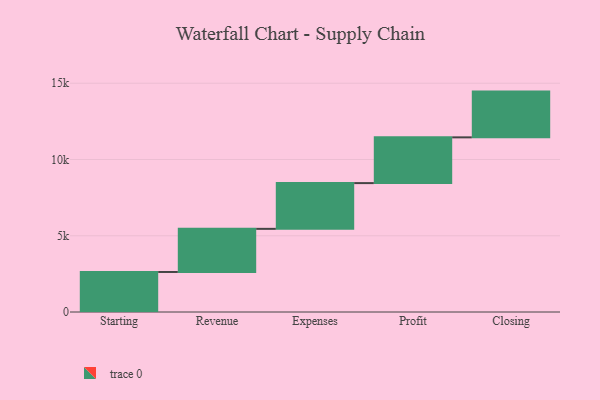
{"axis": {"x": "Step", "y": "Value"}, "legend": [""], "data": [{"x": "Starting", "y": 2625.0, "type": ""}, {"x": "Revenue", "y": 2827.0, "type": ""}, {"x": "Expenses", "y": 3000, "type": ""}, {"x": "Profit", "y": 3000, "type": ""}, {"x": "Closing", "y": 3000, "type": ""}]}